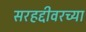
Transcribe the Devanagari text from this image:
सरहद्दीवरच्या